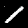
Digit: 1